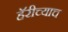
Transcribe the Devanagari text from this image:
हॅरीच्याच